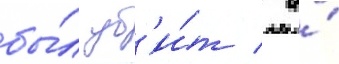
бы́л уб'и́т / а́